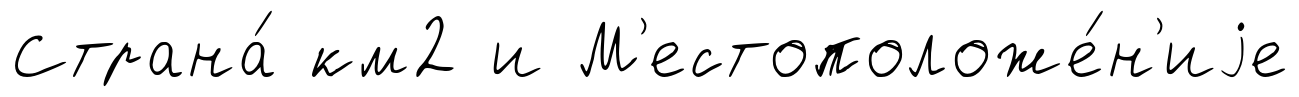
Страна́ км2 и М'естоположе́н'иjе